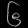
Digit: ၆